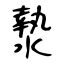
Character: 漐